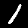
Digit: 1